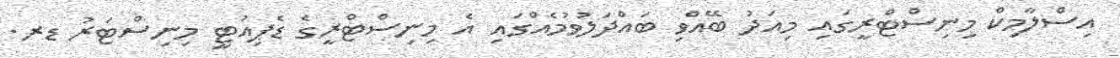
އިސްލާމިކް މިނިސްޓްރީގައި މިއަދު ބޭއްވި ބައްދަލުވުމެއްގައި އެ މިނިސްްޓްރީގެ ޑެޕިއުޓީ މިނިސްޓަރު ޑރ.